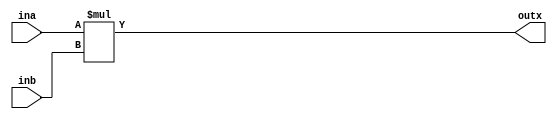
/*********************************************************************
 * SYNOPSYS CONFIDENTIAL                                             *
 *                                                                   *
 * This is an unpublished, proprietary work of Synopsys, Inc., and   *
 * is fully protected under copyright and trade secret laws. You may *
 * not view, use, disclose, copy, or distribute this file or any     *
 * information contained herein except pursuant to a valid written   *
 * license from Synopsys.                                            *
 *********************************************************************/

module multiplier(ina, inb, outx);
input [31:0] ina;
input [31:0] inb;
output [31:0] outx;

reg [31:0] outx_reg;

always @(ina or inb) begin
  outx_reg <= ina * inb;
end

assign outx = outx_reg;

endmodule